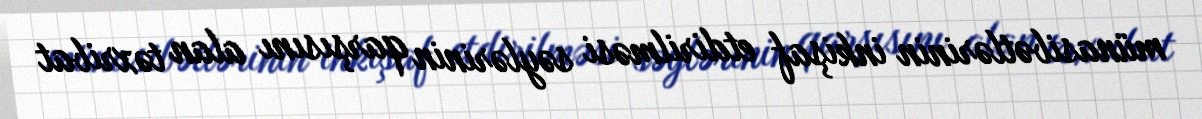
münasibətlərinin inkişaf etdirilməsi səylərinin qarşısını alan təxribat